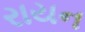
રાયન